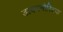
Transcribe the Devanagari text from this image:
डायगनौस्टिक